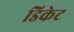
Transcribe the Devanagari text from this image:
डिकेट